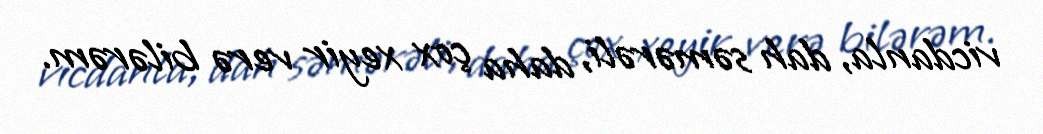
vicdanla, dah səmərəli, daha çox xeyir verə bilərəm.